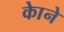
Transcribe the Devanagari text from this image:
काेने